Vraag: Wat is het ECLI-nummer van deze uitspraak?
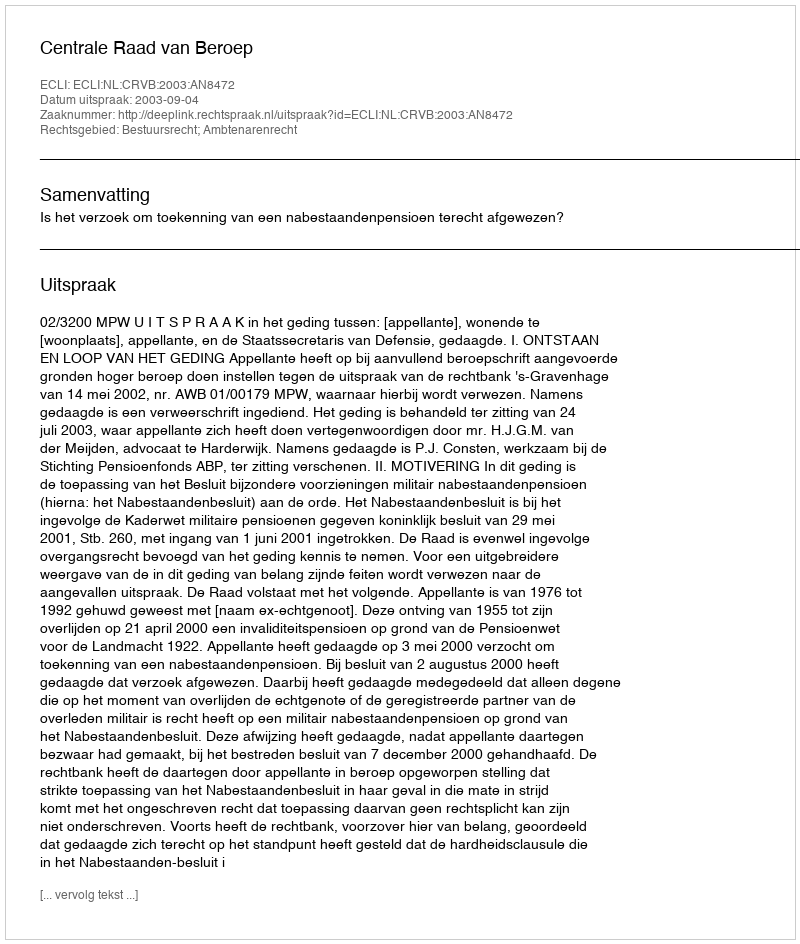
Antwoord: ECLI:NL:CRVB:2003:AN8472